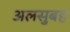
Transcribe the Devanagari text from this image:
अलसुबह